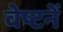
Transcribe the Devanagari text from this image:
वेष्टनें